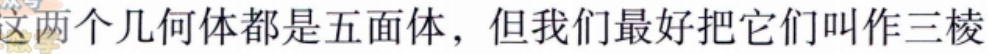
这两个几何体都是五面体，但我们最好把它们叫作三棱